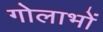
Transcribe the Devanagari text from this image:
गोलाभों